Memorandum on the prevention of leprosy by segregation of the affected
Disease focus: Leprosy
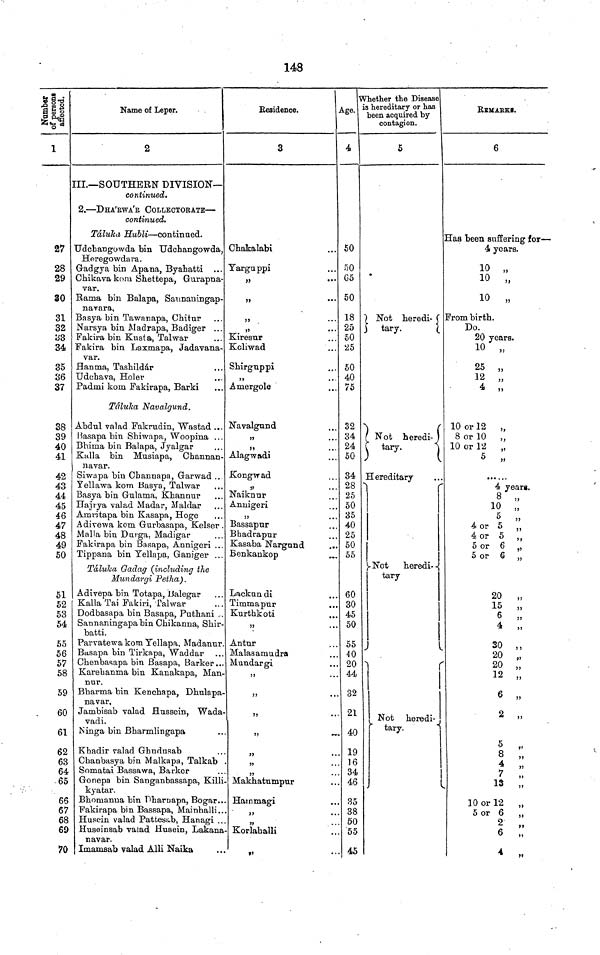
148
Number
of persons
affected.
1
27
28
29
30
31
32
33
34
35
36
37
38
39
40
41
42
43
44
45
46
47
48
49
50
51
52
53
54
55
56
57
58
59
60
61
62
63
64
-65
66
67
68
69
70
Name of Leper.
2
III.—SOUTHERN DIVISION-
Continued.
2.—DHA'EWA'R COLLECTORATE—
continued.
Taluka Hubli—continued.
Udchangowda bin Udchangowda,
Heregowdara.
Gadgya bin Apana, Byahatti ...
Chikava kom Shettepa, Gurapna-
var.
Rama bin Balapa, Saunaningap-
navara.
Basya bin Tawanapa, Chitur
Narsya bin Madrapa, Badiger ...
Fakira bin Kusta, Talwar
Fakira bin Laxmapa, Jadayana-
var.
Hanma, Tashildár
Udehava, Holer
Padnii kom Fakirapa, Barki
Tálulia Navalgund.
Abdul valad Fakrudin, "Wastad ...
Hasapa bin Shiwapa, Woopina ...
Bhima bin Balapa, Jyalgar
Kalla bin Musiapa, Channan-
navar.
Siwapa bin Channapa, Garwad ..
Yellawa kom Basya, Talwar
Basya bin Gulama, Khannur
Hajrya valad Madar, Maldar
Amritapa bin Kasapa, Hoge
Adivewa kom Gurbasapa, Kelser .
Malla bin Durga, Madigar
Fakirapa bin Basapa, Annigeri ...
Tippana bin Yellapa, Ganiger ...
Táluka Gadag (including the
Mundargi Petha).
Adivepa bin Totapa, Balegar
Kalla Tai Fakiri, Talwar
Dodbasapa bin Basapa, Puthani ..
Sannaningapa bin Chikanna, Shir-
batti.
Parvatewa kom Yellapa, Madanur.
Basapa bin Tirkapa, Waddar
Cbenbasapa bin Basapa, Barker...
Karebanma bin Kanakapa, Man-
nur.
Bbarma bin Kencliapa, Dhulapa-
navar.
Jambisab valad Hussein, Wada-
vadi.
Ninga bin Bharmlingapa
Kbadir valad Ghudusab
Chanbasya bin Malkapa, Talkab
Somatai Bassawa, Barker
Gonepa bin Sanganbassapa, Killi
kyatar.
Bhomanna bin Pharuapa, Bogar..
Fakirapa bin Bassapa, Mainballi..
Huaein valad Pattesab, Hanagi ..
Huseinsab valad Husein, Lakana
navar.
Imamsab valad Alli Naika
Residence.
3
Chakalabi
Yarguppi
»
...
„
...
„
„
Kiresur
Kcliwad
Shirguppi
„
Amergole
Navalgtind
„
Alagwadi
Kongwad
Naiknur
Annigeri
Bassapur
Bhadrapur
Kasaba Nargtmd
Benkankop
Lackun di
Timmapur
Kurthkoti
„
Antur
Malasamudra
Mundargi
„
..
„
..
„
..
„
—
„
.
„
Makhatumpur
Hainmagi
„
..
Korlaballi
„
Age.
4
50
50
65
50
18
25
50
25
50
40
75
32
34
24
50
34
28
25
50
35
40
25
50
55
60
30
45
50
55
40
20
44
32
21
40
19
16
34
46
35
38
50
55
45
Whether the Disease
is hereditary or has
been acquired by
contagion.
5
Not heredi-
tary.
Not heredi-
tary.
Hereditary
Not heredi-
tary
Not Heredit
tary.
REMARKS.
6
Has been suffering for—
4 years.
10 „
10 „
10 „
From birth.
Do.
20 years.
10 „
25 „
12 „
4 „
10 or 12 „
8 or 10 „
10 or 12 „
5 „
•••
4 year«.
8 „
10 „
5 „
4 or 5 ,,
4 or 5 ,,
5 or 6 „
5 or 6 „
20 „
15 „
6 „ 37
4
30 ,,
20 ,,
20 „
12 „
6 „
2
2 „
0
4 „
7 „
13
„
10 or 12 „
5 or 6
2 „
6
„